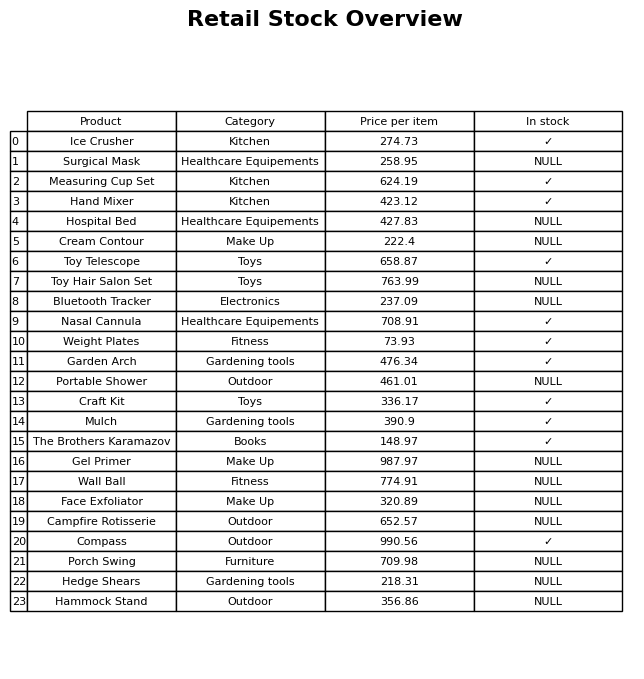
question: What is the stock status of the Portable Shower?
answer: NULL